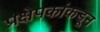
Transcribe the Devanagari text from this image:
प्रक्षेपकांकडून